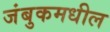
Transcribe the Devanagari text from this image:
जंबुकमधील